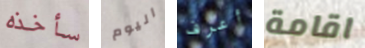
سأخذه اليوم أعرف اقامة